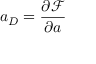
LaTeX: a _ { D } = \frac { \partial \mathcal { F } } { \partial a }